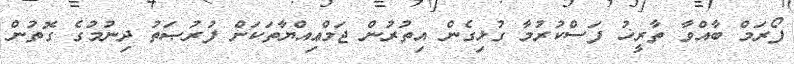
ފޯރަމް ބާއްވާ ތާރީޚު ފަސްކުރުމާ ގުޅިގެން އިތުރުން ޖަމްޢިއްޔާތަކަށް ފުރުޞަތު ދިނުމުގެ ގޮތުން